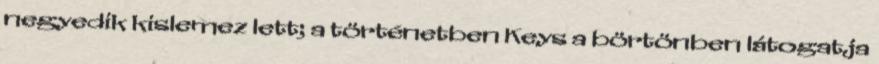
negyedik kislemez lett; a történetben Keys a börtönben látogatja